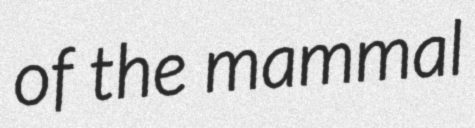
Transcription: of the mammal